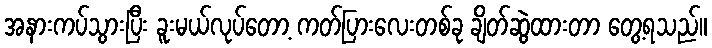
အနားကပ်သွားပြီး ခူးမယ်လုပ်တော့ ကတ်ပြားလေးတစ်ခု ချိတ်ဆွဲထားတာ တွေ့ရသည်။